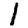
Digit: 1